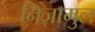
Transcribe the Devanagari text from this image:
निज़ामुल